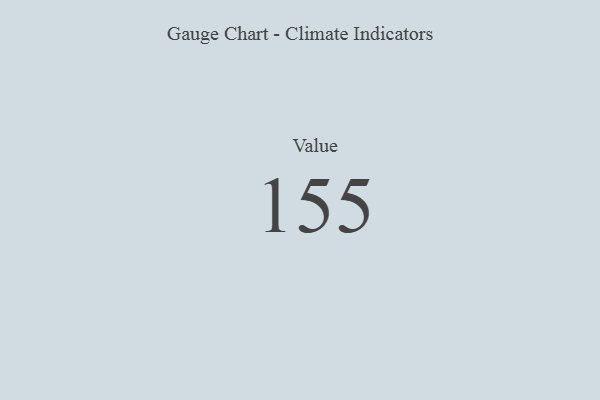
{"axis": {"x": "Metric", "y": "Value"}, "legend": [""], "data": [{"x": "Value", "y": 155, "type": ""}]}